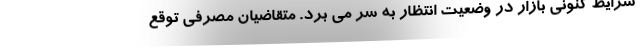
شرایط کنونی بازار در وضعیت انتظار به سر می برد. متقاضیان مصرفی توقع